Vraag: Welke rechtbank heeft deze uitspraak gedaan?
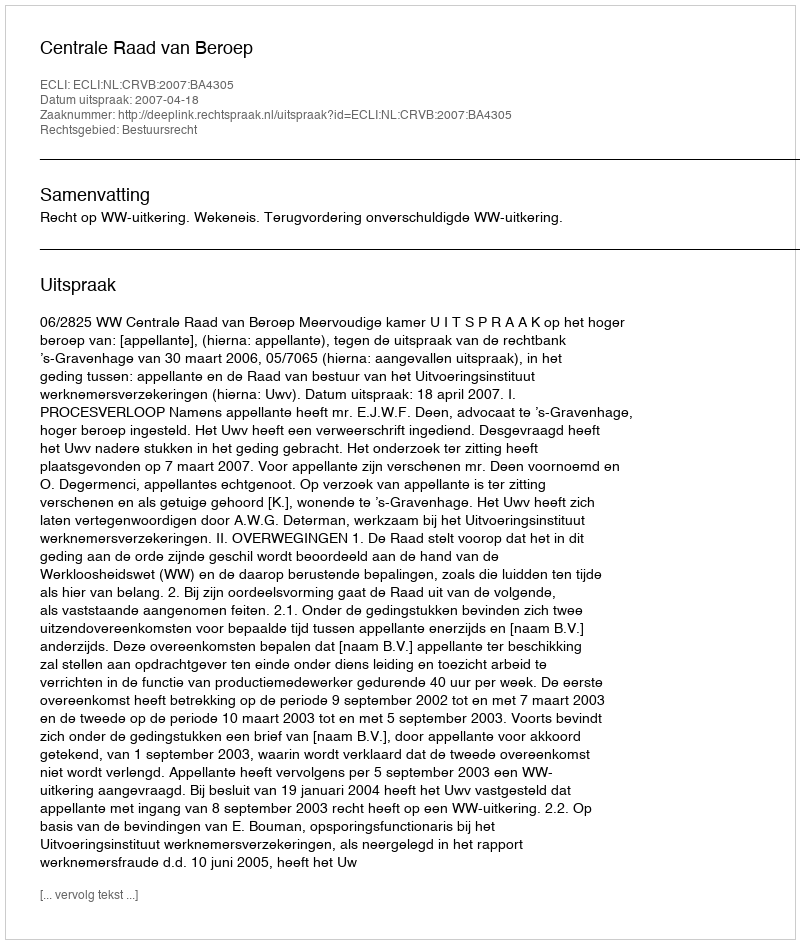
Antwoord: Centrale Raad van Beroep